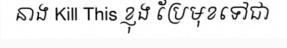
នាង Kill This ខ្ញុង ប្រែមុខទៅជា